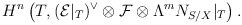
\begin{align*}H^n \left(T, ( {\cal E}|_T )^{\vee} \otimes {\cal F} \otimes\Lambda^m N_{S/X} |_T\right).\end{align*}